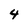
Character: 4